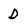
Character: D